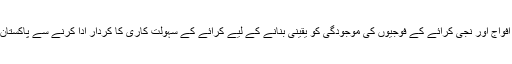
خطے میں امریکا کی سرکاری افواج اور نجی کرائے کے فوجیوں کی موجودگی کو یقینی بنانے کے لیے کرائے کے سہولت کاری کا کردار ادا کرنے سے پاکستان کو کوئی فائدہ حاصل نہیں ہوگا۔